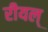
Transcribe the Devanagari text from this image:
रीयल्